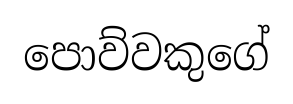
පොව්වකුගේ